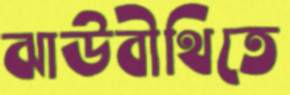
ঝাউবীথিতে